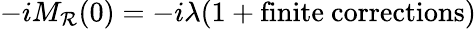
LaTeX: -iM_{\mathcal{R}}(0)=-i\lambda(1+\mathrm{{finite\ corrections}})